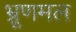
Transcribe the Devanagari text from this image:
भ्रूणमल